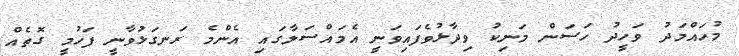
މުހައްމަދު ވަހީދު ހަސަން މަނިކު ވިދާޅުވެފައިވަނީ އެމައްސަލާގައި އެންމެ ރަނގަޅުވާނީ ފަހުމީ ގޮތެއް